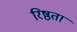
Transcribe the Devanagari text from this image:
रिष्ठता